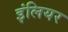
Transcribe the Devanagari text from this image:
इंलियर